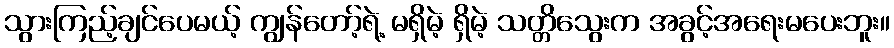
သွားကြည့်ချင်ပေမယ့် ကျွန်တော့်ရဲ့ မရှိမဲ့ ရှိမဲ့ သတ္တိသွေးက အခွင့်အရေးမပေးဘူး။